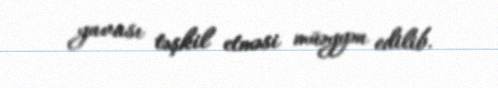
yuvası təşkil etməsi müəyyən edilib.